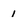
Character: 1